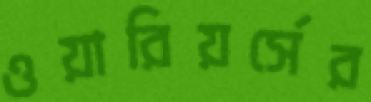
ওয়ারিয়র্সের